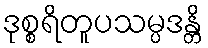
ဒုစ္စရိတူပသမ္ပဒန္တိ